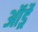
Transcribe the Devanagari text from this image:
ऑर्ड्रे